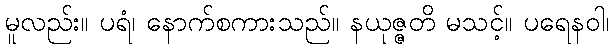
မူလည်း။ ပရံ၊ နောက်စကားသည်။ နယုဇ္ဇတိ မသင့်။ ပရေနဝါ၊